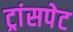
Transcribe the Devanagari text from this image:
ट्रांसपेट